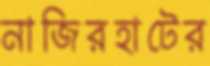
নাজিরহাটের